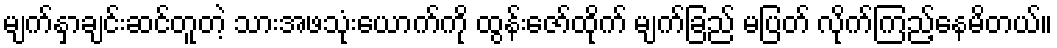
မျက်နှာချင်းဆင်တူတဲ့ သားအဖသုံးယောက်ကို ထွန်းဇော်ထိုက် မျက်ခြည် မပြတ် လိုက်ကြည့်နေမိတယ်။